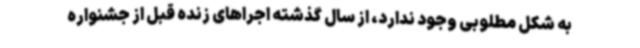
به شکل مطلوبی وجود ندارد، از سال گذشته اجراهای زنده قبل از جشنواره